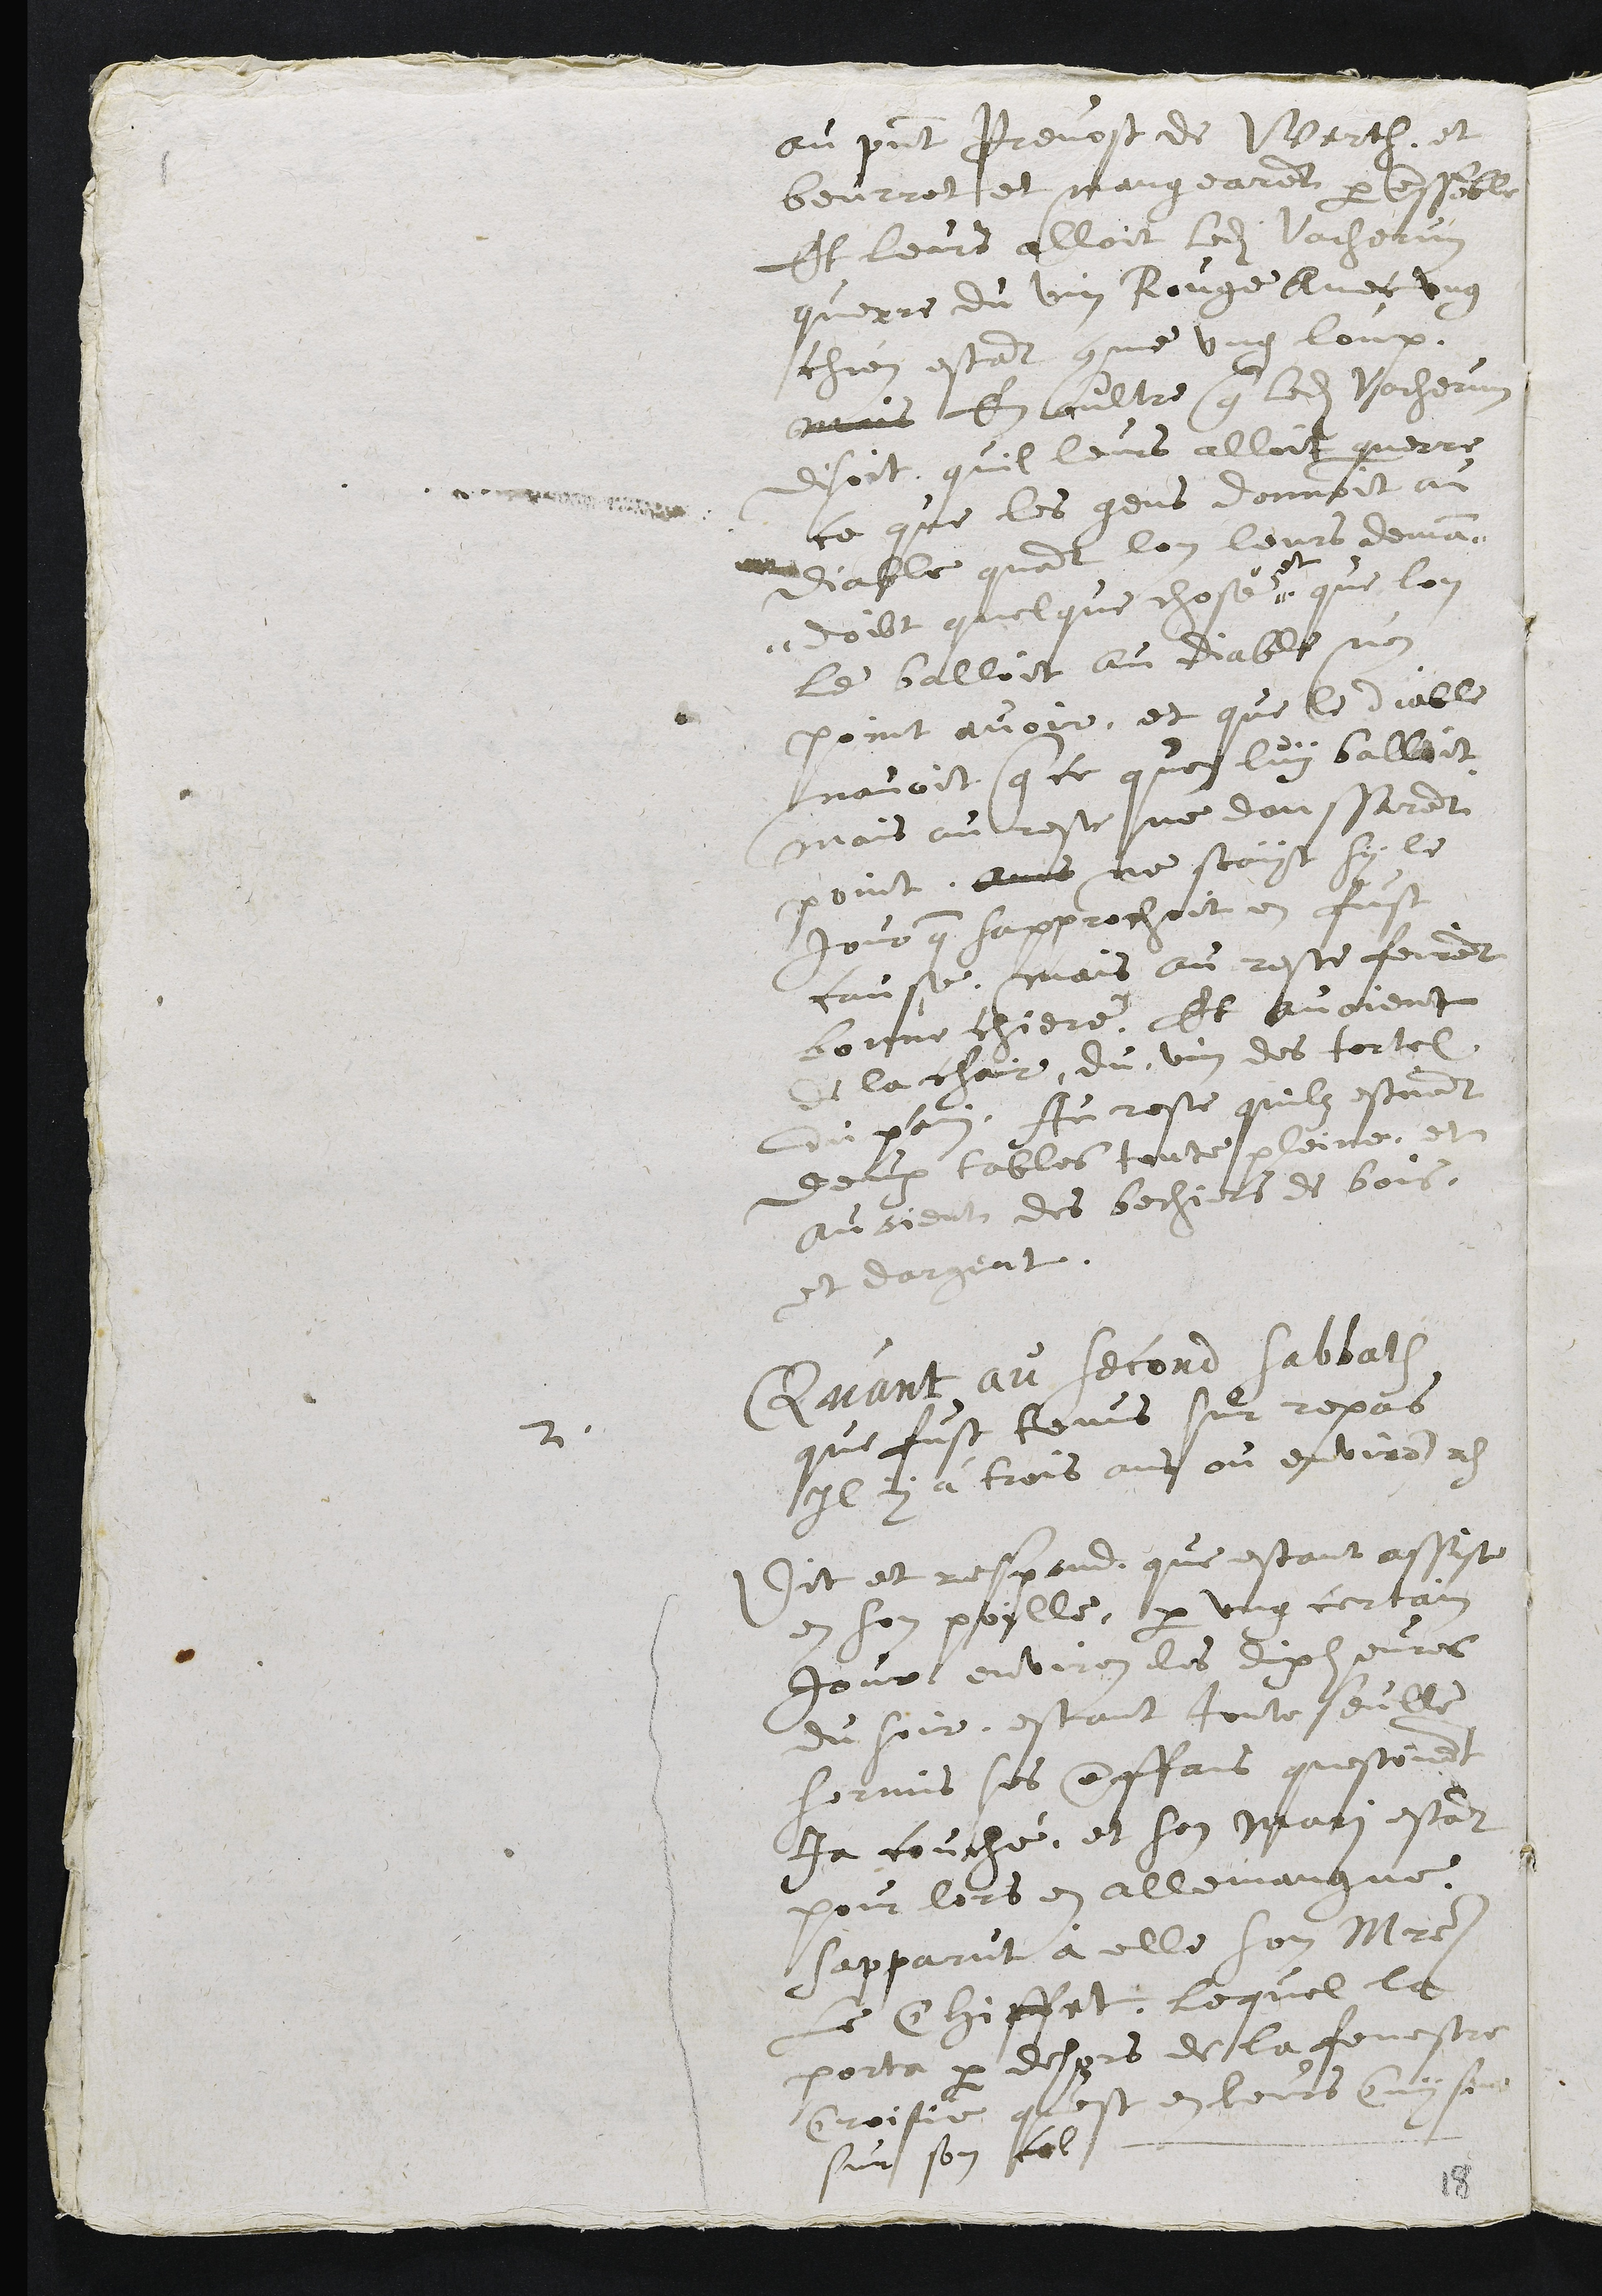
au present Prevost de Werth, et
beurret et mangearent par ensemble
Et leurs alloit ledit Vacherun
querre du vin Rouge avec ung
chien etant comme ung loup.
mais Et aultre que ledit Vacherun
disoit quil leurs alloit querre
ce que les gens donnoint au
diable quant lon leurs deman "
" doibt quelque chose "
" et
que lon
le balloit au Diable n'en
point avoir, et que le diable
navoit que ce quon luy balloit
mais au reste ne danssarent
point. Ains ne scayt sy le
jour que sapprochoit en fust
cause, mais au reste feirent
bonne chiere. Et avoient
de la chair, du vin des tortel
du pain. Au reste quilz estoient
deulx tables toute pleine, et
avoient des bechiers de bois,
et dargent.
2.
Quant au second sabbath
que fust tenus sur repas
il y a trois ans ou environ res
Dit et respond, que estant assise
en son poille, par ung certain
jour environ les dix heures
du soir, estant toute seulle
hormis ses enffans questoient
ja couché, et son mari estant
pour lors en allemangne,
sapparut à elle son Maistre
le Chiffet, lequel la
porta par dehors de la fenestre
Croisie quest en leurs Cuysine
sur son col